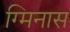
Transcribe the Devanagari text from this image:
ग्मिनास